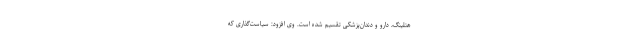
هتلینگ، دارو و دندان‌پزشکی تقسیم شده است. وی افزود: سیاست‌گذاری که